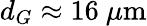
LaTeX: d_{G}\approx 16~\mu\textrm{m}